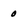
Character: 0